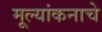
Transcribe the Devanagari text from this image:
मूल्यांकनाचे